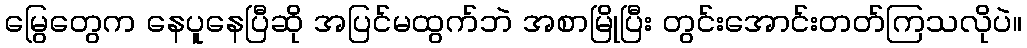
မြွေတွေက နေပူနေပြီဆို အပြင်မထွက်ဘဲ အစာမြိုပြီး တွင်းအောင်းတတ်ကြသလိုပဲ။